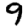
Digit: 9